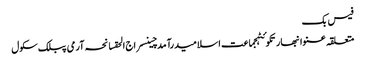
فیس بک
متعلقہ عنوانبھارتکوئٹہجماعت اسلامیدرآمدچینسراج الحقسانحہ آرمی پبلک سکول